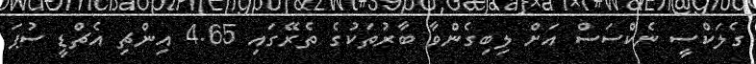
ގެލަކްސީ ނެކްސަސް އަށް ލިބިގެންވާ ބާރުތަކުގެ ތެރޭގައި 4.65 އިންޗި އެޗްޑީ ސުޕަ